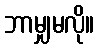
ဘာမျှမလို။